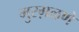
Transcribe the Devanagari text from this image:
मुरग़ळणे